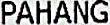
PAHANG